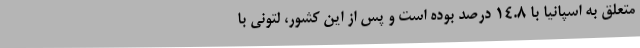
متعلق به اسپانیا با 14.8 درصد بوده است و پس از این کشور، لتونی با